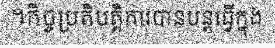
។កិច្ចប្រតិបត្តិការបានបន្តធ្វើក្នុង